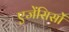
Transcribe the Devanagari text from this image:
एजेंसिसों